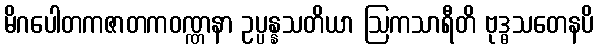
မိဂပေါတကဇာတကဝဏ္ဏနာ ဥပ္ပန္နသတိယာ ဩကသာရီတိ ဗုဒ္ဓသတေနပိ